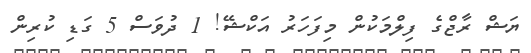
ޔަޝް ރާޖްގެ ފިލްމަކުން މިފަހަރު އަކްޝޭ! 1 ދުވަސް 5 ގަޑި ކުރިން